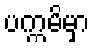
ပက္ကမိမှာ